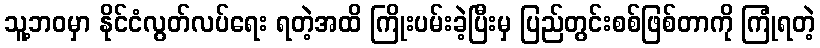
သူ့ဘဝမှာ နိုင်ငံလွတ်လပ်ရေး ရတဲ့အထိ ကြိုးပမ်းခဲ့ပြီးမှ ပြည်တွင်းစစ်ဖြစ်တာကို ကြုံရတဲ့